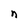
Character: n